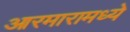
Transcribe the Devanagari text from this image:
आरमारामध्ये